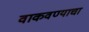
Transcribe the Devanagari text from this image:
वाकवण्याचा